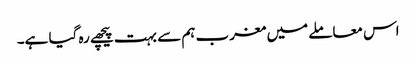
اس معاملے میں مغرب ہم سے بہت پیچھے رہ گیا ہے۔